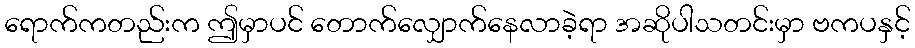
ရောက်ကတည်းက ဤမှာပင် တောက်လျှောက်နေလာခဲ့ရာ အဆိုပါသတင်းမှာ ဗကပနှင့်